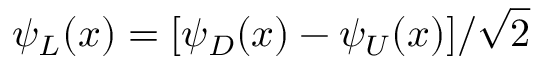
\psi _ { L } ( x ) = [ \psi _ { D } ( x ) - \psi _ { U } ( x ) ] / \sqrt { 2 }